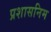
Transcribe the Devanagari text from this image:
प्रशासनिम